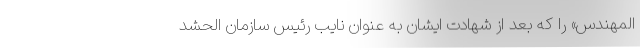
المهندس» را که بعد از شهادت ایشان به عنوان نایب رئیس سازمان الحشد